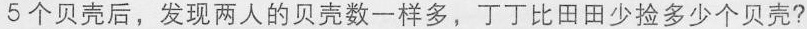
5个贝壳后，发现两人的贝壳数一样多，丁丁比田田少捡多少个贝壳?